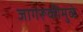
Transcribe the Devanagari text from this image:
जागरूकीमुळे